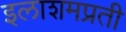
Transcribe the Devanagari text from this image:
इलाशमप्रती